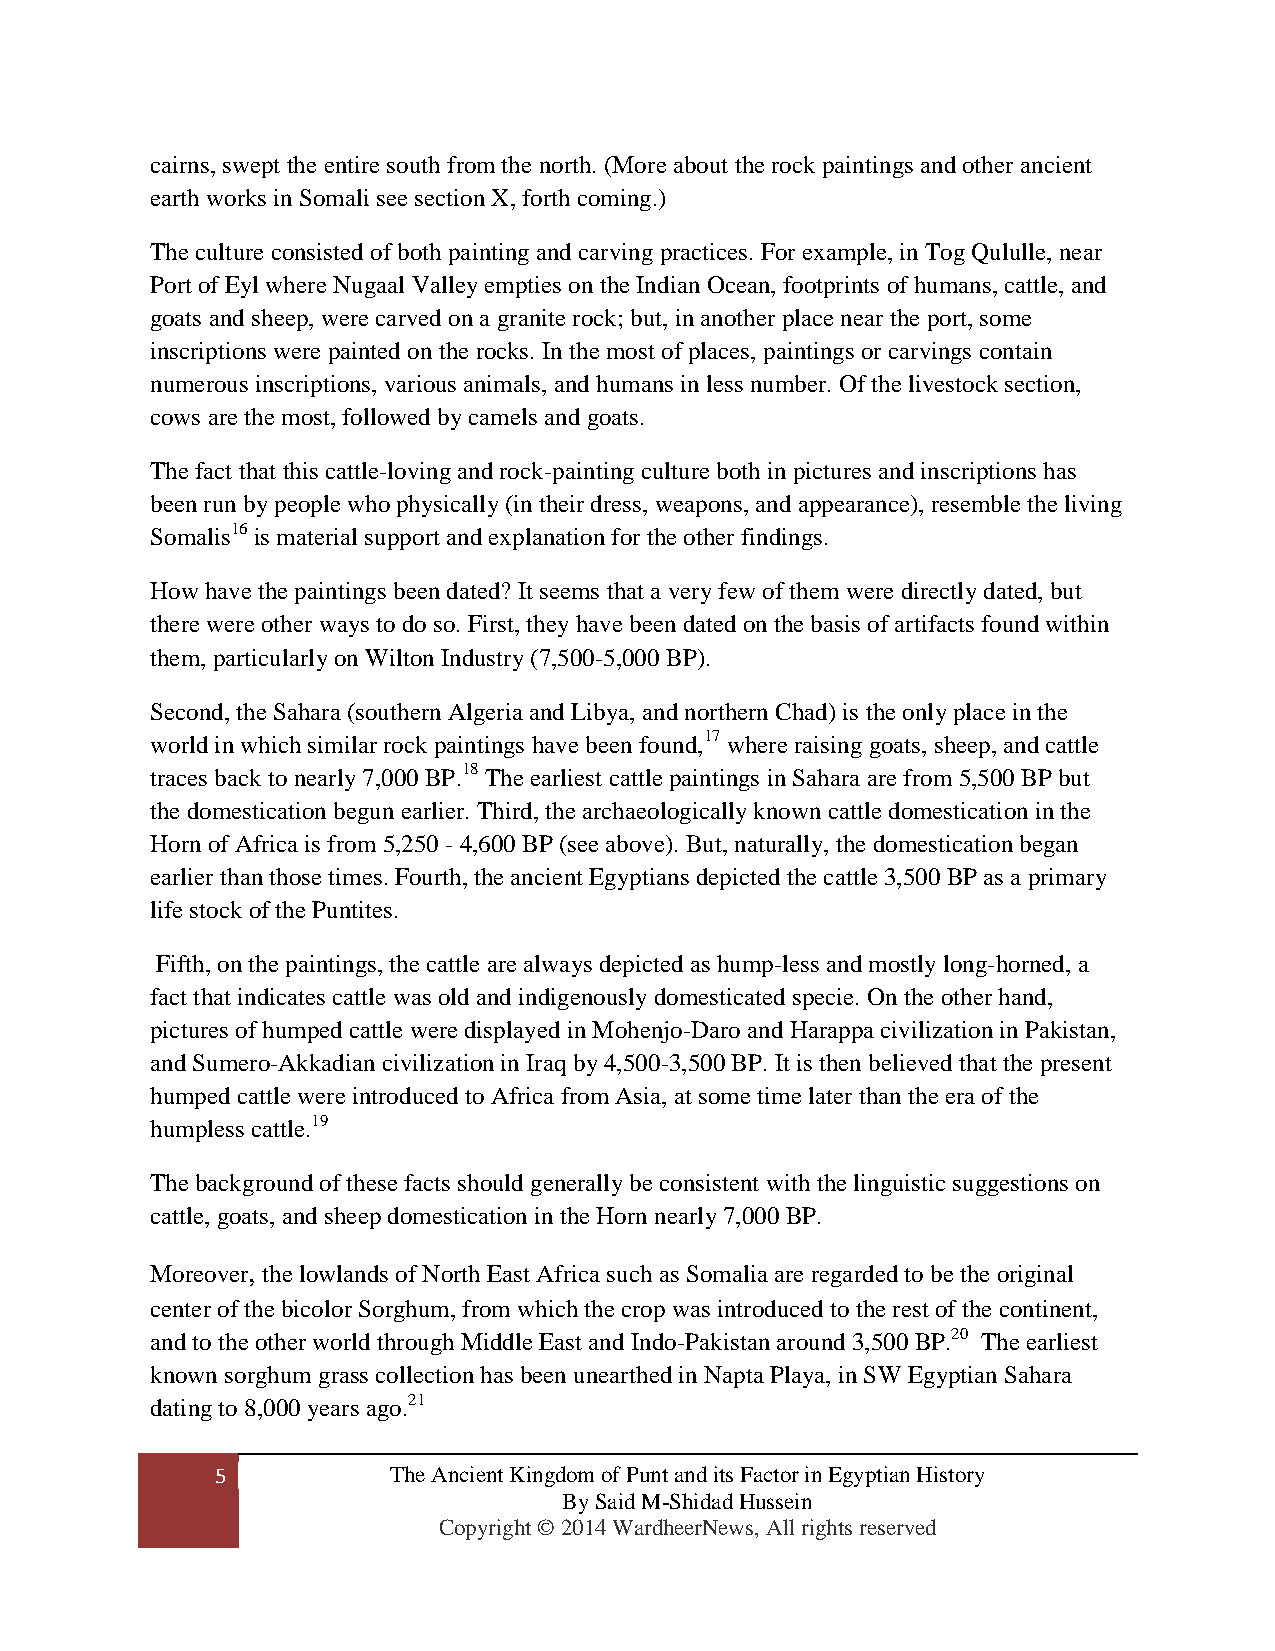
cairns, swept the entire south from the north. (More about the rock paintings and other ancient
 earth works in Somali see section X, forth coming.)
 The culture consisted of both painting and carving practices. For example, in Tog Qululle, near
 Port of Eyl where Nugaal Valley empties on the Indian Ocean, footprints of humans, cattle, and
 goats and sheep, were carved on a granite rock; but, in another place near the port, some
 inscriptions were painted on the rocks. In the most of places, paintings or carvings contain
 numerous inscriptions, various animals, and humans in less number. Of the livestock section,
 cows are the most, followed by camels and goats.
 The fact that this cattle-loving and rock-painting culture both in pictures and inscriptions has
 been run by people who physically (in their dress, weapons, and appearance), resemble the living
 Somalis16 is material support and explanation for the other findings.
 How have the paintings been dated? It seems that a very few of them were directly dated, but
 there were other ways to do so. First, they have been dated on the basis of artifacts found within
 them, particularly on Wilton Industry (7,500-5,000 BP).
 Second, the Sahara (southern Algeria and Libya, and northern Chad) is the only place in the
 world in which similar rock paintings have been found,17 where raising goats, sheep, and cattle
 traces back to nearly 7,000 BP.18 The earliest cattle paintings in Sahara are from 5,500 BP but
 the domestication begun earlier. Third, the archaeologically known cattle domestication in the
 Horn of Africa is from 5,250 - 4,600 BP (see above). But, naturally, the domestication began
 earlier than those times. Fourth, the ancient Egyptians depicted the cattle 3,500 BP as a primary
 life stock of the Puntites.
 Fifth, on the paintings, the cattle are always depicted as hump-less and mostly long-horned, a
 fact that indicates cattle was old and indigenously domesticated specie. On the other hand,
 pictures of humped cattle were displayed in Mohenjo-Daro and Harappa civilization in Pakistan,
 and Sumero-Akkadian civilization in Iraq by 4,500-3,500 BP. It is then believed that the present
 humped cattle were introduced to Africa from Asia, at some time later than the era of the
 humpless cattle.19
 The background of these facts should generally be consistent with the linguistic suggestions on
 cattle, goats, and sheep domestication in the Horn nearly 7,000 BP.
 Moreover, the lowlands of North East Africa such as Somalia are regarded to be the original
 center of the bicolor Sorghum, from which the crop was introduced to the rest of the continent,
 and to the other world through Middle East and Indo-Pakistan around 3,500 BP.20 The earliest
 known sorghum grass collection has been unearthed in Napta Playa, in SW Egyptian Sahara
 dating to 8,000 years ago.21
 5           The Ancient Kingdom of Punt and its Factor in Egyptian History
 By Said M-Shidad Hussein
 Copyright © 2014 WardheerNews, All rights reserved